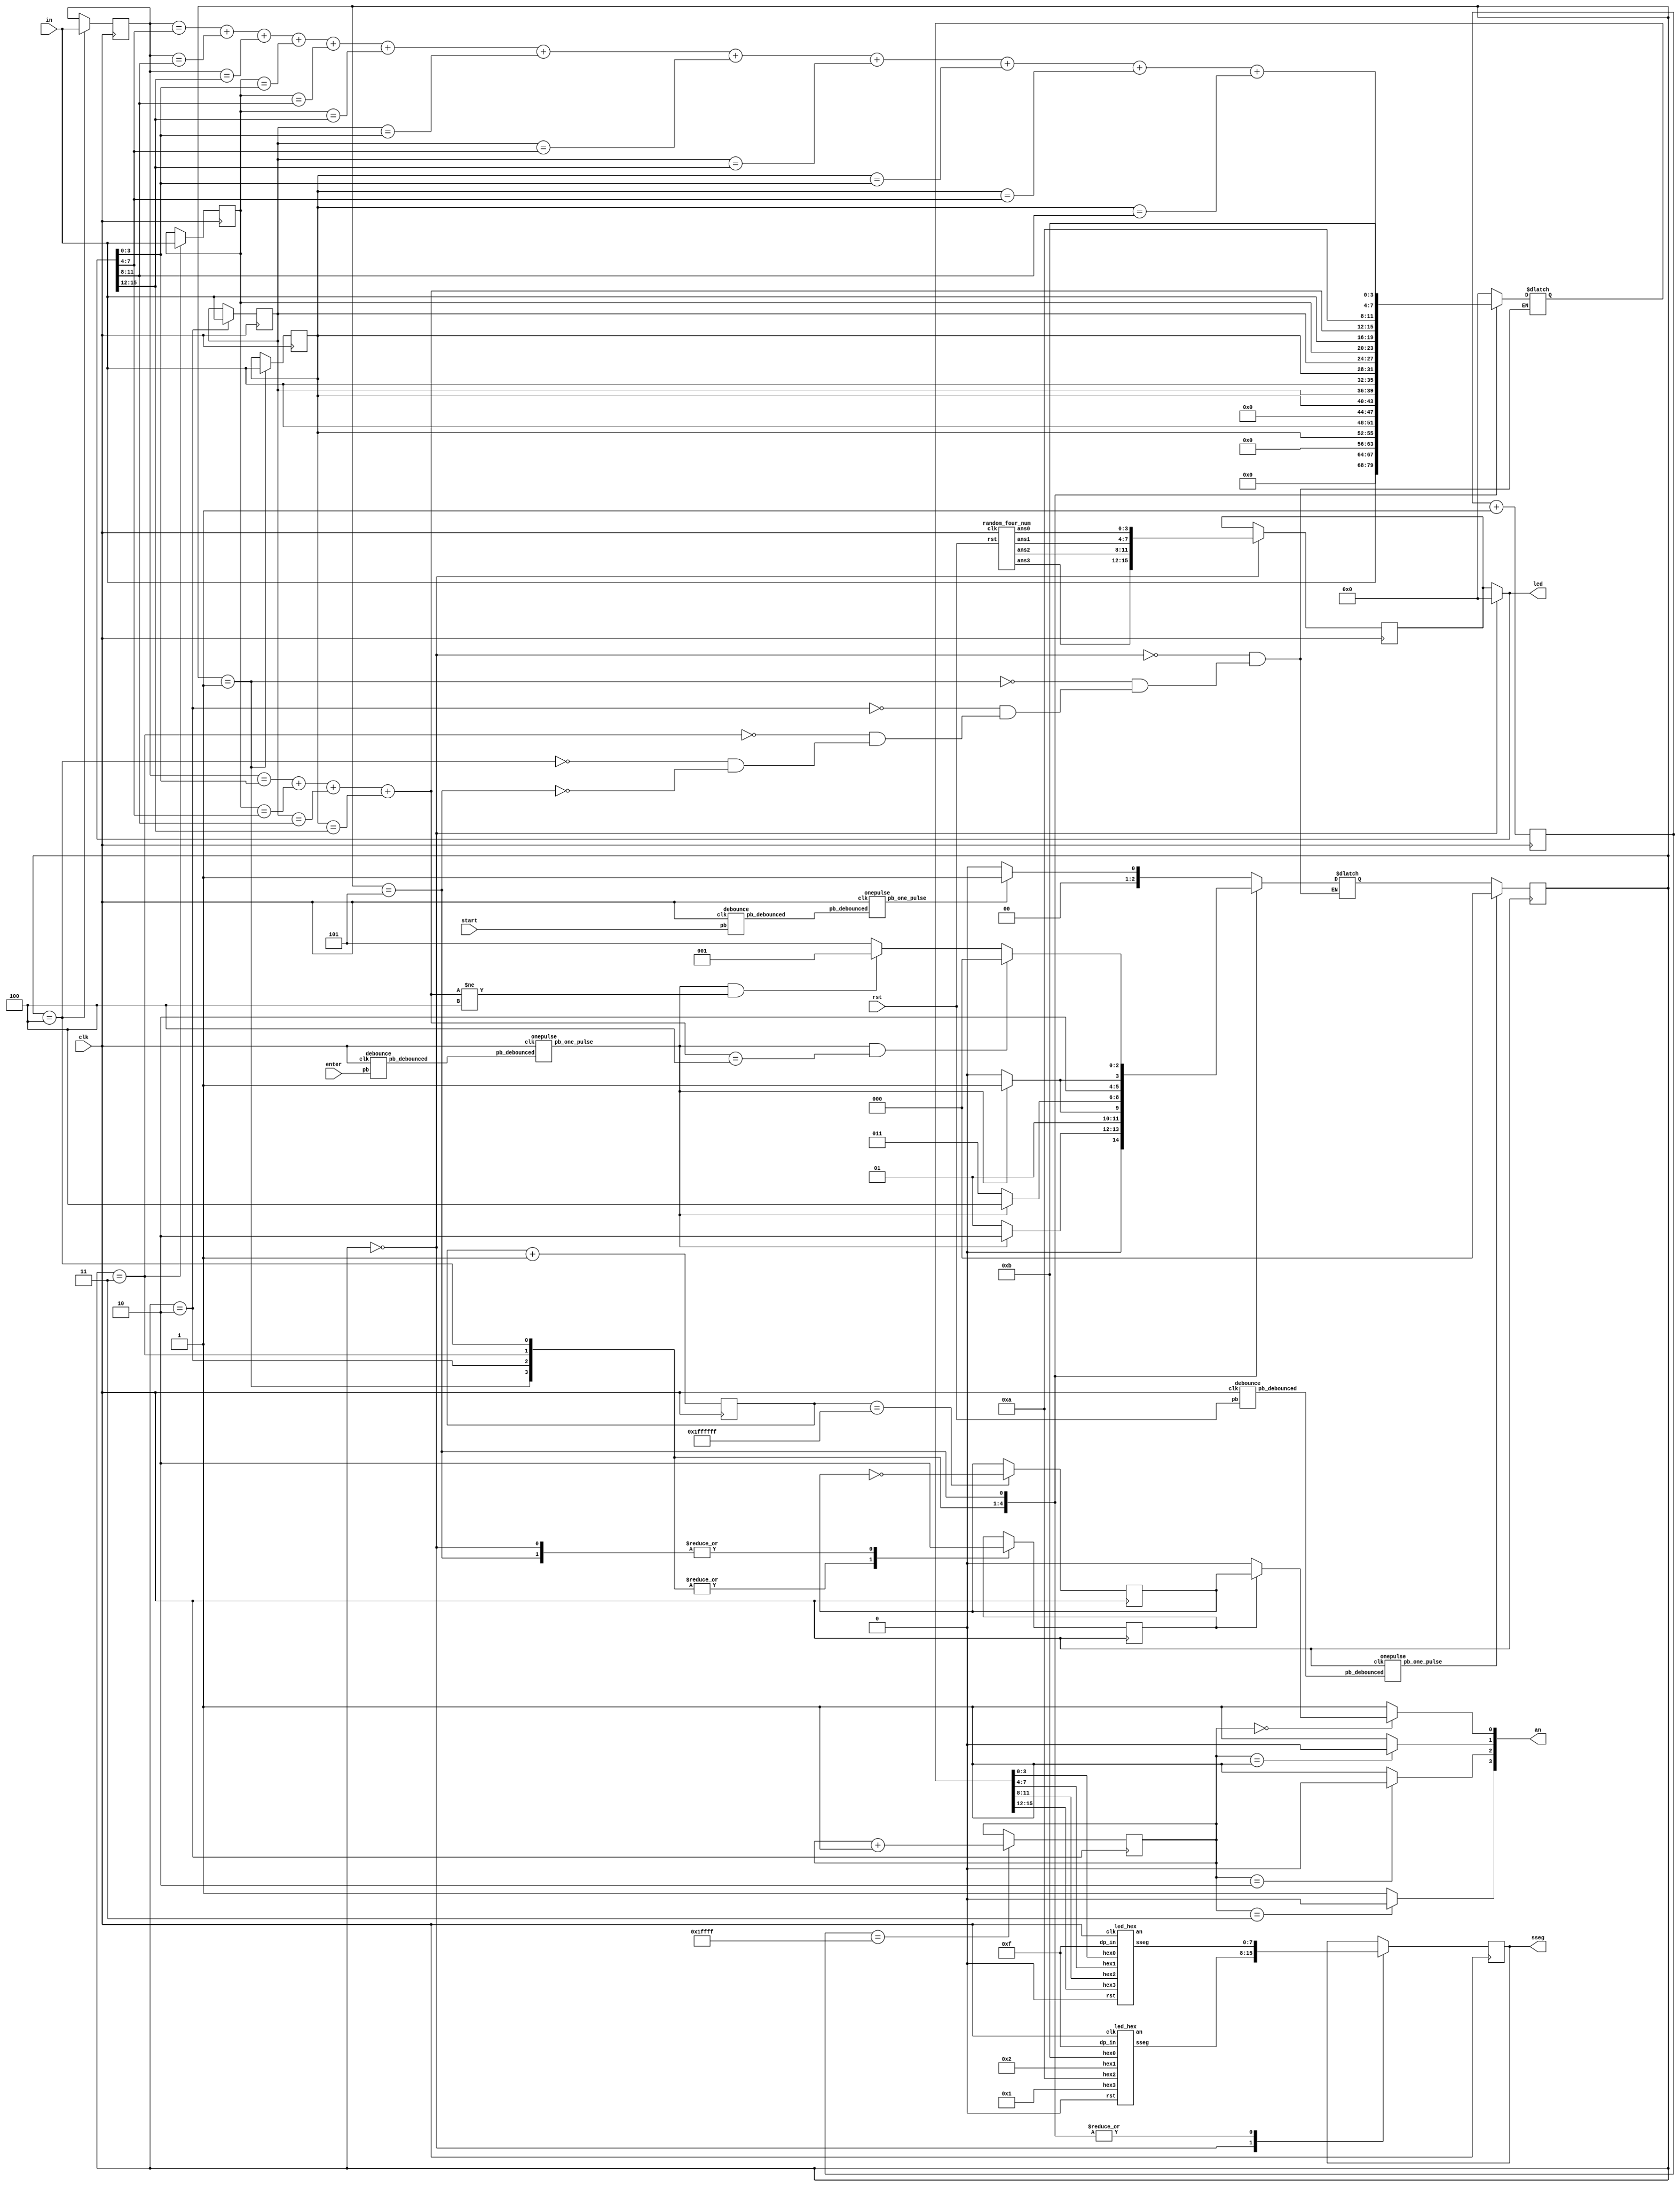
module FPGA_1A2B(clk, rst, start, enter, in, led, an, sseg);
input clk, rst, start, enter;
input [3:0]in;
output reg[15:0]led;
output reg[3:0] an;
output reg[7:0] sseg;
parameter init = 3'b000;
parameter guess1 = 3'b001;
parameter guess2 = 3'b010;
parameter guess3 = 3'b011;
parameter guess4 = 3'b100;
parameter show_result = 3'b101;


reg [2:0]state, next_state;

wire rst_de, rst_one, start_de, start_one, enter_de, enter_one;
wire [3:0] An_rst, An_start, An_enter, An_debug;
wire [7:0] SSeg_rst, SSeg_start, SSeg_enter, SSeg_debug;
reg [15:0] seven_seg_enter;


reg[15:0] ans;
wire[3:0] ans0,ans1,ans2,ans3;
reg [3:0]gu3, gu2, gu1, gu0;
reg [3:0] A, B;

reg [16:0]clk_17;  //clk  freq* 1/2**17
reg [24:0]clk_25;
reg flicker;
reg flash;
reg [1:0]refresh_cnt;

//module onepulse(pb_debounced, clk, pb_one_pulse);
debounce owo0(rst_de, rst, clk);
onepulse qwq0(rst_de, clk, rst_one);
debounce owo1(start_de, start, clk);
onepulse qwq1(start_de, clk, start_one);
debounce owo2(enter_de, enter, clk);
onepulse qwq2(enter_de, clk, enter_one);
random_four_num rfn(clk, rst, ans3, ans2, ans1, ans0);
led_hex seven_seg0(clk, 1'b0, 4'h1, 4'ha, 4'h2, 4'hb, 4'b1111, An_rst, SSeg_rst);
led_hex seven_seg1(clk, 1'b0, 4'h0, 4'h0, 4'h0, 4'h0, 4'b1111, An_start, SSeg_start);
led_hex seven_seg2(clk, 1'b0, seven_seg_enter[15:12], seven_seg_enter[11:8], seven_seg_enter[7:4], seven_seg_enter[3:0], 4'b1111, An_enter, SSeg_enter);
led_hex seven_seg3(clk, 1'b0, 4'h5, 4'h4, 4'h8, 4'h7, 4'b1111, An_debug, SSeg_debug);

always@(posedge clk)begin//state
    if(rst_one)
        state <= init;
    else
        state <= next_state;
end
always@(*)begin//next_state
    case(state)
        init:begin
            if(start_one) next_state = guess1;
            else next_state = init;
        end
        guess1:begin
            if(enter_one) next_state = guess2;
            else next_state = guess1;
        end
        guess2:begin
            if(enter_one) next_state = guess3;
            else next_state = guess2;
        end
        guess3:begin
            if(enter_one) next_state = guess4;
            else next_state = guess3;
        end
        guess4:begin
            if(enter_one) next_state = show_result;
            else next_state = guess4;
        end
        show_result:begin
            if(enter_one && A==3'd4)
                next_state = init;
            else if(enter_one && A!=3'd4)
                next_state = guess1;
            else next_state = show_result;
        end
    endcase
end

always@(posedge clk)begin
    if(clk_17 == 17'b11111111111111111)
        refresh_cnt <= refresh_cnt + 2'b1;
    if(clk_25 == 25'b1111111111111111111111111)
        flash <= !flash; 
end
always@(posedge clk)begin
    clk_17 <= clk_17 + 17'b1;   
    clk_25 <= clk_25 + 25'b1; 
 end

always@(*)begin
    if(refresh_cnt == 2'd0)begin
        if(flicker)begin
            an[0]  = flash; 
        end
        else an[0] = 1'b0;
    end
    else an[0] = 1'b1;
    an[1]=refresh_cnt==1?1'b0:1'b1;
    an[2]=refresh_cnt==2?1'b0:1'b1;
    an[3]=refresh_cnt==3?1'b0:1'b1;
end

always@(posedge clk)begin//output
    case(state)
        init:begin
            ans <= {ans3,ans2,ans1,ans0};
           // an <= An_rst;
            sseg <= SSeg_rst;
            gu3 <= gu3;
            gu2 <= gu2;
            gu1 <= gu1;
            gu0 <= gu0;
            flicker <= 1'b0;
        end
        guess1:begin
            ans <= ans;
            //an <= An_enter;
            
            sseg <= SSeg_enter;
            gu3 <= in;
            gu2 <= gu2;
            gu1 <= gu1;
            gu0 <= gu0;
            flicker <= 1'b1;
        end
        guess2:begin
            ans <= ans;
            //an <= An_enter;
        
            sseg <= SSeg_enter;
            gu3 <= gu3;
            gu2 <= in;
            gu1 <= gu1;
            gu0 <= gu0;
            flicker <= 1'b1;
        end
        guess3:begin
            ans <= ans;
            //an <= An_enter;
            
            sseg <= SSeg_enter;
            gu3 <= gu3;
            gu2 <= gu2;
            gu1 <= in;
            gu0 <= gu0;
            flicker <= 1'b1;
        end
        guess4:begin
            ans <= ans;
            //an <= An_enter;
           
            sseg <= SSeg_enter;
            gu3 <= gu3;
            gu2 <= gu2;
            gu1 <= gu1;
            gu0 <= in;
            flicker <= 1'b1;
        end
        show_result:begin
            ans <= ans;
           // an <= An_enter;
            sseg <= SSeg_enter;
            gu3 <= gu3;
            gu2 <= gu2;
            gu1 <= gu1;
            gu0 <= gu0;
            flicker <= 1'b0;
        end    
    endcase
end
always@(*)begin
    if(state==init) led = 16'b0;
    else led = ans;
end
always@(*)begin//seven_seg_enter
    case(state)
        init:begin
            seven_seg_enter = 16'd0;
        end
        guess1:begin
            seven_seg_enter = {12'd0, in};
        end
        guess2:begin
            seven_seg_enter = {8'd0,gu3,in};
        end
        guess3:begin
            seven_seg_enter = {4'd0, gu3, gu2, in};
        end
        guess4:begin
            seven_seg_enter = {gu3, gu2, gu1, in};
        end
        show_result:begin
            seven_seg_enter = {A, 4'ha, B, 4'hb};
        end
    endcase
end
always@(*)begin
A = (gu0==led[3:0]) + (gu1==led[7:4]) + (gu2==led[11:8]) + (gu3==led[15:12]);
B = (gu0==led[7:4]) + (gu0==led[11:8]) + (gu0==led[15:12]) +
    (gu1==led[3:0]) + (gu1==led[11:8]) + (gu1==led[15:12]) +
    (gu2==led[3:0]) + (gu2==led[7:4]) + (gu2==led[15:12]) +
    (gu3==led[3:0]) + (gu3==led[7:4]) + (gu3==led[11:8]);  
end



endmodule

//lab4 basic3
module LFSR(num, clk, rst);
output[3:0] num;
input  clk, rst;
reg[3:0] num;
reg[4:0] out;
wire feed;
assign feed = !(out[2]^out[4]);
always@(posedge clk) begin
    if(rst) begin
        out <= 5'b10111;
    end
    else begin
        out={out[3:0], feed};
    end
end
always @(*) begin
    if(out[1:0] == 2'b01) num = 1'b1 + out[4:2];
    else if(out[1:0] == 2'b10)begin
        num = 2'd2 + out[4:2];
    end
    else num = out[4:2];
end

endmodule

module random_four_num(clk, rst, ans3, ans2, ans1, ans0);
output reg [3:0] ans3, ans2, ans1, ans0;
input clk, rst;
wire [3:0]a0;
LFSR lfsr(a0, clk, rst);
always@(posedge clk) begin
    if(rst)begin
         ans3 <= 4'd0;
         ans2 <= 4'd4;
         ans1 <= 4'd7;
         ans0 <= 4'd9;
    end
    else begin
            if (a0 != ans2 && a0 != ans1 && a0 != ans0) {ans3, ans2, ans1, ans0} <= {ans2, ans1, ans0, a0};
            else {ans3, ans2, ans1, ans0} <= {ans3, ans2, ans1, ans0};
        end
end
endmodule

//from lab3 fpga
module led_hex(clk, rst, hex3, hex2, hex1, hex0, dp_in, an, sseg);
    input clk, rst;
    input [3:0] hex0, hex1, hex2, hex3, dp_in;
    output reg [3:0] an;
    output reg [7:0] sseg;
    //16 bit for 50 Mhz=5*10^4 < 2^16=6xxxx     100Mhz=10^5<2^17?  the first two bits are ? cycle
    reg [18:0] regN;
    reg [3:0] hex_in;
    reg dp;
    
    always@(posedge clk or posedge rst)begin
        if(rst) regN <= 0;
        else regN <= regN + 1;
    end
    
    always@(*)begin
        case(regN[18:17])
            2'b00:begin
                an = 4'b1110;
                hex_in = hex0;
                dp = dp_in[0];
            end
            2'b01:begin
                an = 4'b1101;
                hex_in = hex1;
                dp = dp_in[1];
            end
            2'b10:begin
                an = 4'b1011;
                hex_in = hex2;
                dp = dp_in[2];
            end
            default:begin
                an = 4'b0111;
                hex_in = hex3;
                dp = dp_in[3];
            end
        endcase
    end
    
    always@(*)begin
        case(hex_in)//abcdefg
            4'h0: sseg[6:0] = 7'b0000001;
            4'h1: sseg[6:0] = 7'b1001111;
            4'h2: sseg[6:0] = 7'b0010010;
            4'h3: sseg[6:0] = 7'b0000110;
            4'h4: sseg[6:0] = 7'b1001100;
            4'h5: sseg[6:0] = 7'b0100100;
            4'h6: sseg[6:0] = 7'b0100000;
            4'h7: sseg[6:0] = 7'b0001111;
            4'h8: sseg[6:0] = 7'b0000000;
            4'h9: sseg[6:0] = 7'b0000100;
            4'ha: sseg[6:0] = 7'b0001000;
            4'hb: sseg[6:0] = 7'b1100000;   
        endcase
        sseg[7] = dp;
    end
endmodule


//https://www.cnblogs.com/oomusou/archive/2008/08/09/verilog_dlatch_dff.html
module DFF(clk, rst, en, d, q);
input clk, rst, en, d;
output reg q;
always@(posedge clk or posedge rst)
    if(rst) q <= 0;
    else if (en) q <= d;
endmodule

module clock_div(clk, rst, slow_clk);
    input clk, rst;
    output reg slow_clk;
    reg [40:0]counter;
    always@(posedge clk or posedge rst)begin
        if(rst)begin
            counter <= 0;
        end
        else begin
            counter <= (counter>=40'd29999999)?0:counter+1'b1;
            slow_clk <= (counter < 40'd25000)?1'b0:1'b1;
        end
    end
endmodule



module debounce(pb_debounced, pb, clk);
    output pb_debounced;
    input pb;
    input clk;
    reg[3:0] dff;
    always @(posedge clk) begin
        dff[3:1] <= dff[2:0];
        dff[0] <= pb;
    end
    assign pb_debounced = ((dff == 4'b1111) ? 1'b1 : 1'b0);
endmodule

module onepulse(pb_debounced, clk, pb_one_pulse);
    input pb_debounced;
    input clk;
    output pb_one_pulse;
    reg pb_one_pulse;
    reg pb_debounced_delay;
    always @(posedge clk) begin
        pb_one_pulse <= pb_debounced & !(pb_debounced_delay);
        pb_debounced_delay <= pb_debounced;    
    end
endmodule